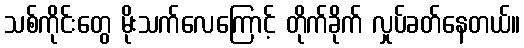
သစ်ကိုင်းတွေ မိုးသက်လေကြောင့် တိုက်ခိုက် လှုပ်ခတ်နေတယ်။